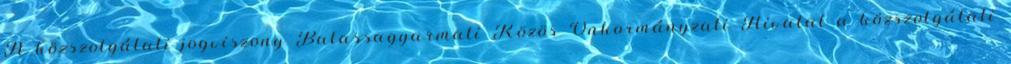
A közszolgálati jogviszony Balassagyarmati Közös Önkormányzati Hivatal a közszolgálati